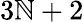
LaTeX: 3\mathbb{N}+2